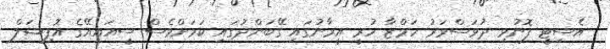
އެސިޓީ ފޮނުވި ދުވަސްވަރު ހަމްޒާ ހުރީ އީރާނުގައި ގޭބަންދުގައި ކަމަށްވެސް ސީއައިއޭގެ އޮފިޝަލް